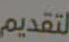
لتقديم